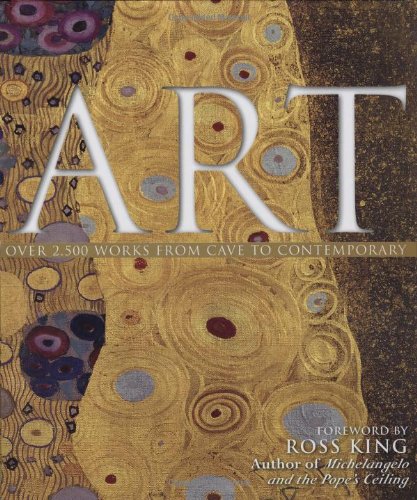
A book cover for Art: Over 2,500 Works from Cave to Contemporary; Iain Zaczek; Arts & Photography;